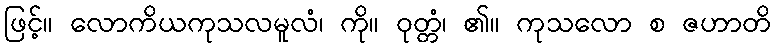
ဖြင့်။ လောကိယကုသလမူလံ၊ ကို။ ဝုတ္တံ၊ ၏။ ကုသလော စ ဇဟာတိ